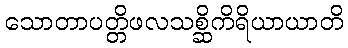
သောတာပတ္တိဖလသစ္ဆိကိရိယာယာတိ